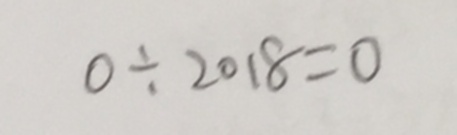
0 \div 2 0 1 8 = 0